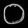
Digit: ၀